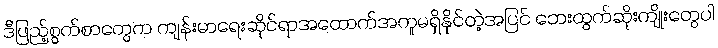
ဒီဖြည့်စွက်စာတွေက ကျန်းမာရေးဆိုင်ရာအထောက်အကူမရှိနိုင်တဲ့အပြင် ဘေးထွက်ဆိုးကျိုးတွေပါ